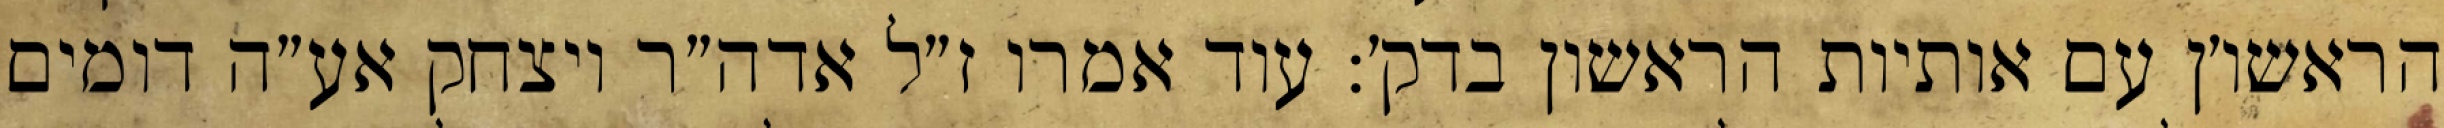
הראשו׳ן עם אותיות הראשון בדק׳: עוד אמרו ז״ל אדה״ר ויצחק אע״ה דומים